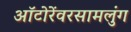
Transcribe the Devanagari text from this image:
ऑटोरेंवरसामलुंग